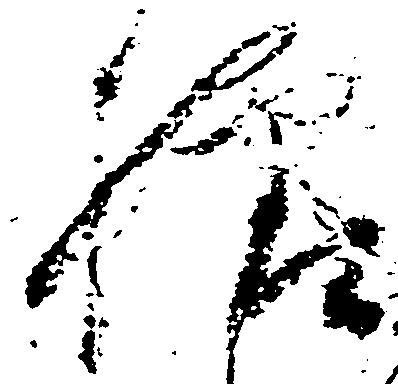
様